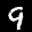
Label: 9